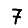
Digit: 7